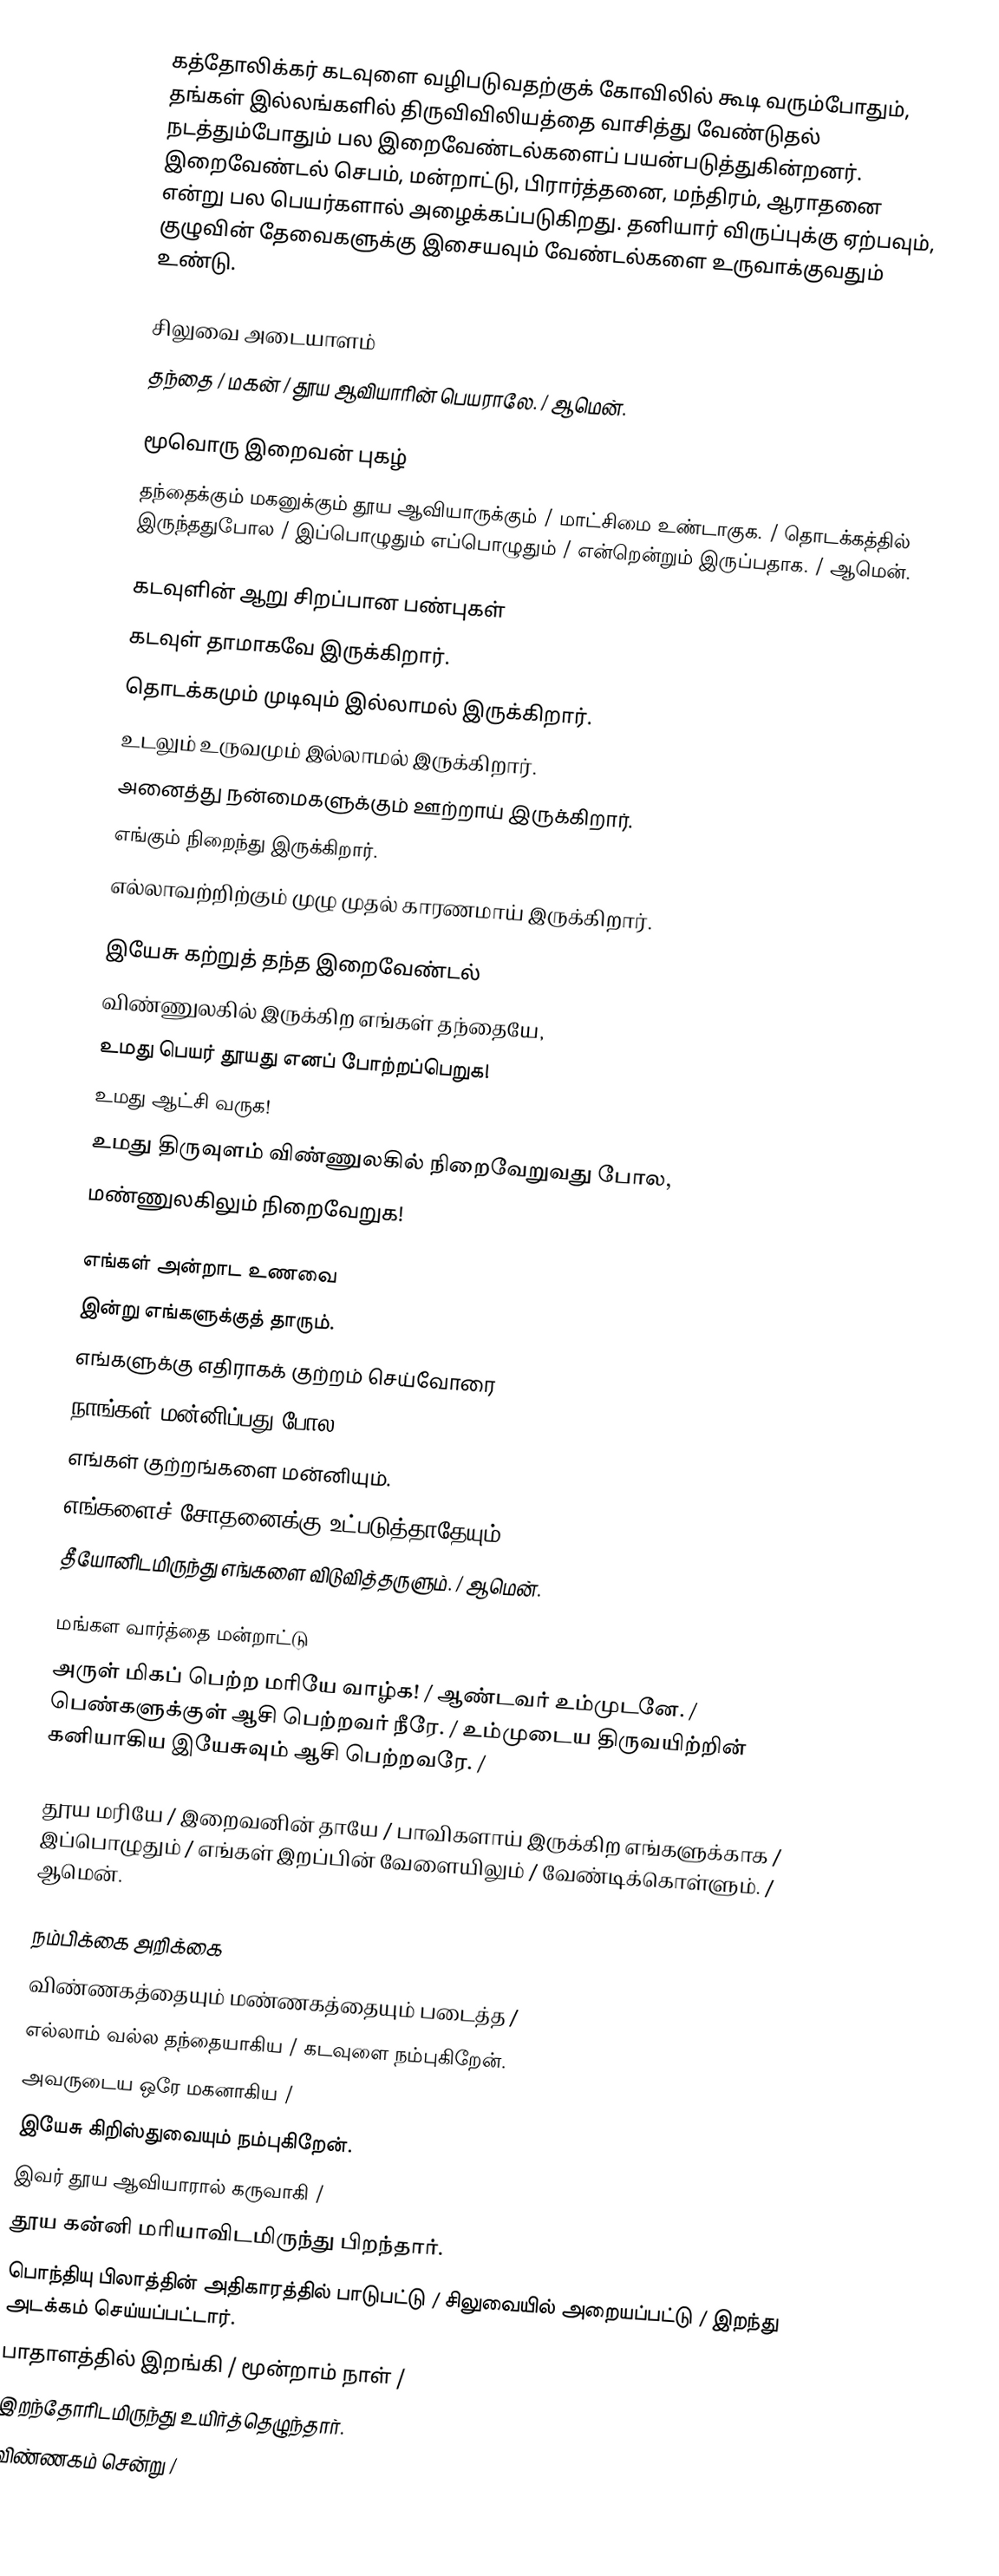
கத்தோலிக்கர் கடவுளை வழிபடுவதற்குக் கோவிலில் கூடி வரும்போதும், தங்கள் இல்லங்களில் திருவிவிலியத்தை வாசித்து வேண்டுதல் நடத்தும்போதும் பல இறைவேண்டல்களைப் பயன்படுத்துகின்றனர். இறைவேண்டல் செபம், மன்றாட்டு, பிரார்த்தனை, மந்திரம், ஆராதனை என்று பல பெயர்களால் அழைக்கப்படுகிறது. தனியார் விருப்புக்கு ஏற்பவும், குழுவின் தேவைகளுக்கு இசையவும் வேண்டல்களை உருவாக்குவதும் உண்டு.

சிலுவை அடையாளம்
தந்தை / மகன் / தூய ஆவியாரின் பெயராலே. / ஆமென்.

மூவொரு இறைவன் புகழ்
தந்தைக்கும் மகனுக்கும் தூய ஆவியாருக்கும் / மாட்சிமை உண்டாகுக. / தொடக்கத்தில் இருந்ததுபோல / இப்பொழுதும் எப்பொழுதும் / என்றென்றும் இருப்பதாக. / ஆமென்.

கடவுளின் ஆறு சிறப்பான பண்புகள்
கடவுள் தாமாகவே இருக்கிறார்.
தொடக்கமும் முடிவும் இல்லாமல் இருக்கிறார்.
உடலும் உருவமும் இல்லாமல் இருக்கிறார்.
அனைத்து நன்மைகளுக்கும் ஊற்றாய் இருக்கிறார்.
எங்கும் நிறைந்து இருக்கிறார்.
எல்லாவற்றிற்கும் முழு முதல் காரணமாய் இருக்கிறார்.

இயேசு கற்றுத் தந்த இறைவேண்டல்
விண்ணுலகில் இருக்கிற எங்கள் தந்தையே,
உமது பெயர் தூயது எனப் போற்றப்பெறுக!
உமது ஆட்சி வருக!
உமது திருவுளம் விண்ணுலகில் நிறைவேறுவது போல,
மண்ணுலகிலும் நிறைவேறுக!

எங்கள் அன்றாட உணவை
இன்று எங்களுக்குத் தாரும்.
எங்களுக்கு எதிராகக் குற்றம் செய்வோரை
நாங்கள் மன்னிப்பது போல,
எங்கள் குற்றங்களை மன்னியும்.
எங்களைச் சோதனைக்கு உட்படுத்தாதேயும்,
தீயோனிடமிருந்து எங்களை விடுவித்தருளும். / ஆமென்.

மங்கள வார்த்தை மன்றாட்டு
அருள் மிகப் பெற்ற மரியே வாழ்க! / ஆண்டவர் உம்முடனே. / பெண்களுக்குள் ஆசி பெற்றவர் நீரே. / உம்முடைய திருவயிற்றின் கனியாகிய இயேசுவும் ஆசி பெற்றவரே. /

தூய மரியே / இறைவனின் தாயே / பாவிகளாய் இருக்கிற எங்களுக்காக / இப்பொழுதும் / எங்கள் இறப்பின் வேளையிலும் / வேண்டிக்கொள்ளும். / ஆமென்.

நம்பிக்கை அறிக்கை
விண்ணகத்தையும் மண்ணகத்தையும் படைத்த /
எல்லாம் வல்ல தந்தையாகிய / கடவுளை நம்புகிறேன்.
அவருடைய ஒரே மகனாகிய /
இயேசு கிறிஸ்துவையும் நம்புகிறேன்.
இவர் தூய ஆவியாரால் கருவாகி /
தூய கன்னி மரியாவிடமிருந்து பிறந்தார்.
பொந்தியு பிலாத்தின் அதிகாரத்தில் பாடுபட்டு / சிலுவையில் அறையப்பட்டு / இறந்து அடக்கம் செய்யப்பட்டார்.
பாதாளத்தில் இறங்கி / மூன்றாம் நாள் /
இறந்தோரிடமிருந்து உயிர்த்தெழுந்தார்.
விண்ணகம் சென்று /